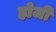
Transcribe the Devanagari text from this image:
होजी